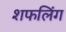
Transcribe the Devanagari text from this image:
शफलिंग